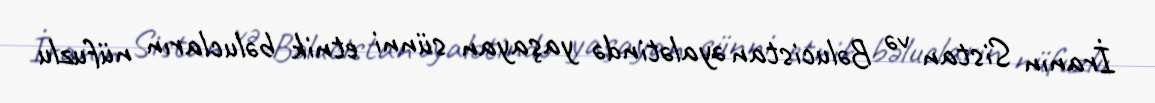
İranın Sistan və Bəlucistan əyalətində yaşayan sünni etnik bəlucların nüfuzlu